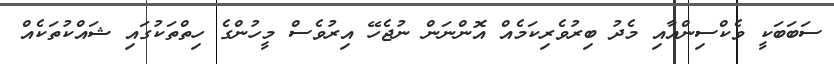
ސަބަބަކީ ވެކްސިންއާއި މެދު ބިރުވެރިކަމެއް އޮންނަން ނުޖެހޭ އިރުވެސް މީހުންގެ ހިތްތަކުގައި ޝައްކުތަކެއް